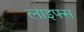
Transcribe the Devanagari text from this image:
लाइफ्स